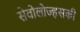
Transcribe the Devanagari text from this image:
सेवोलोज्हसकी